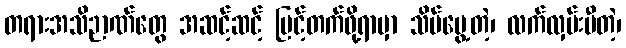
တရားအသိဉာဏ်တွေ အဆင့်ဆင့် မြင့်တက်ဖို့ရာမှာ သိမ်မွေ့တဲ့၊ လက်လှမ်းမီတဲ့၊